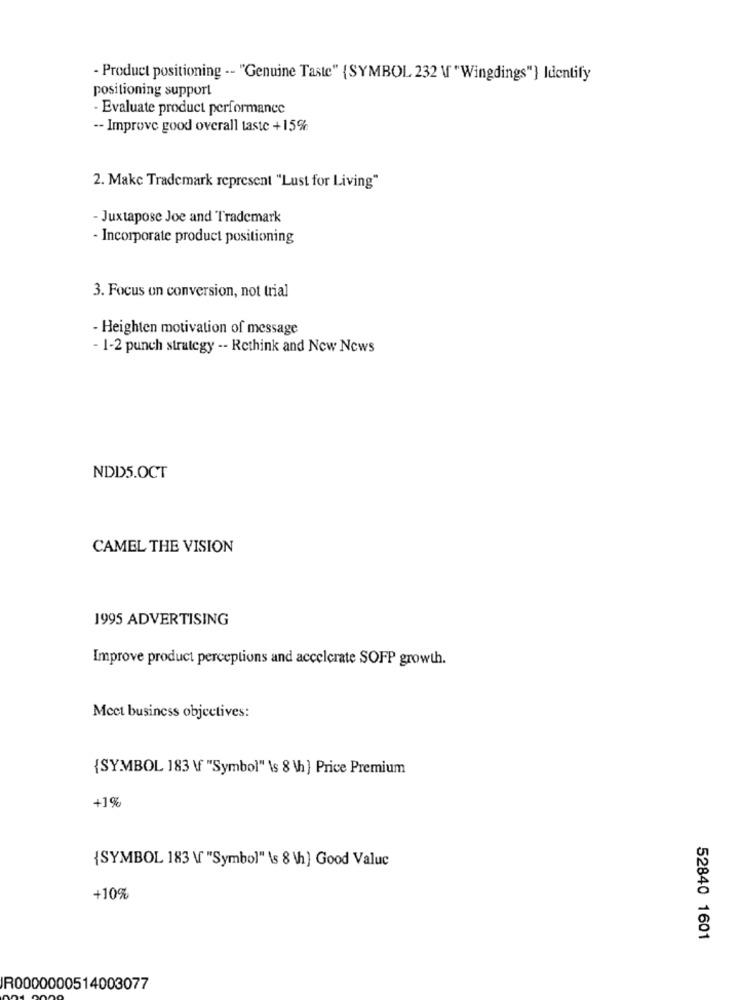
- Product positioning -- "Genuine Taste" {SYMBOL 232 \ "Wingdings"] Identify
positioning support
-Evaluate product performance
-- Improve good overall taste +15%
2. Make Trademark represent "Lust for Living"
- Juxtapose Joe and Trademark
- Incorporate product positioning
3. Focus on conversion, not trial
- Heighten motivation of message
- 1-2 punch strategy -- Rethink and New News
NDD5.OCT
CAMEL THE VISION
1995 ADVERTISING
Improve product perceptions and accelerate SOFP growth.
Mcet business objectives:
{SYMBOL 183 \f "Symbol" \s 8 \h] Price Premium
+1%
{SYMBOL 183 \ "Symbol" \s 8 \h] Good Valuc
+10%
52840 1601
IR0000000514003077